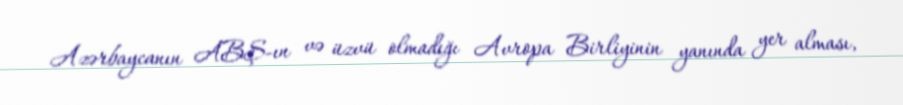
Azərbaycanın ABŞ-ın və üzvü olmadığı Avropa Birliyinin yanında yer alması,